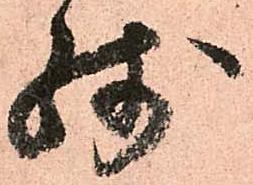
残